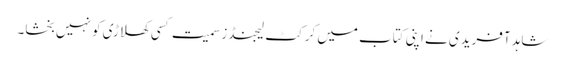
شاہد آفریدی نے اپنی کتاب میں کرکٹ لیجنڈز سمیت کسی کھلاڑی کو نہیں بخشا۔